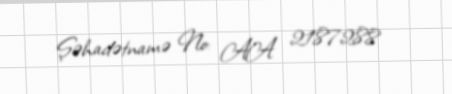
Şəhadətnamə №: AA 2187288